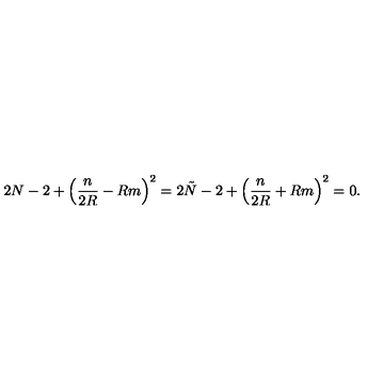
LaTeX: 2 N - 2 + \left( \frac { n } { 2 R } - R m \right) ^ { 2 } = 2 \tilde { N } - 2 + \left( \frac { n } { 2 R } + R m \right) ^ { 2 } = 0 .